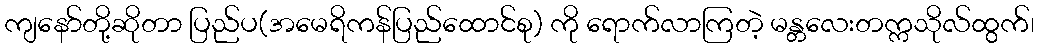
ကျနော်တို့ဆိုတာ ပြည်ပ(အမေရိကန်ပြည်ထောင်စု) ကို ရောက်လာကြတဲ့ မန္တလေးတက္ကသိုလ်ထွက်၊